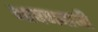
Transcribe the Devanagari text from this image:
भाषणबाजी